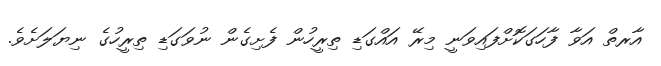
އާރތް އަވާ ފާހަގަކޮށްފައިވަނީ މިރޭ އައްގަޑި ތިރީހުން ފެށިގެން ނުވަގަޑި ތިރީހުގެ ނިޔަލަށެވެ.